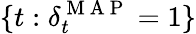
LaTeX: \{ t:\delta_{t}^{\mathrm{~M~A~P~}}=1\}